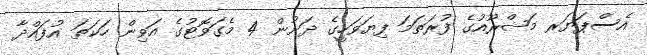
އެސްޕަޔަރ މަޝްރޫއުގެ ފުރަތަމަ ފިޔަވަހީގެ ދަށުން 4 މެގަވޮޓުގެ އަވިން ހަކަތަ އުފައްދާ